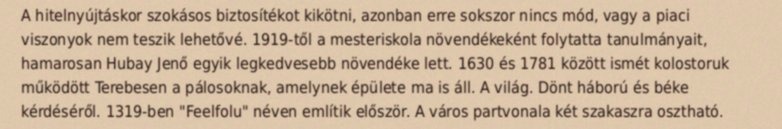
A hitelnyújtáskor szokásos biztosítékot kikötni, azonban erre sokszor nincs mód, vagy a piaci viszonyok nem teszik lehetővé. 1919-től a mesteriskola növendékeként folytatta tanulmányait, hamarosan Hubay Jenő egyik legkedvesebb növendéke lett. 1630 és 1781 között ismét kolostoruk működött Terebesen a pálosoknak, amelynek épülete ma is áll. A világ. Dönt háború és béke kérdéséről. 1319-ben "Feelfolu" néven említik először. A város partvonala két szakaszra osztható.